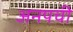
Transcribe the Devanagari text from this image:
अनपची